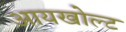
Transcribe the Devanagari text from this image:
आयखोल्ट